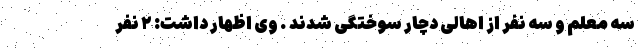
سه معلم و سه نفر از اهالی دچار سوختگی شدند . وی اظهار داشت: ۲ نفر